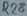
Text: R28